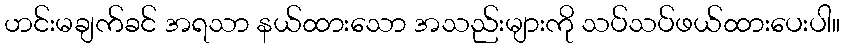
ဟင်းမချက်ခင် အရသာ နယ်ထားသော အသည်းများကို သပ်သပ်ဖယ်ထားပေးပါ။